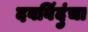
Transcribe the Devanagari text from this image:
दवबिंदुंचा